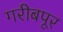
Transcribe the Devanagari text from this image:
गरीबपूर